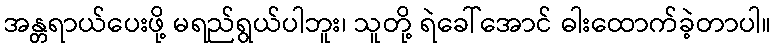
အန္တရာယ်ပေးဖို့ မရည်ရွယ်ပါဘူး၊ သူတို့ ရဲခေါ်အောင် ဓါးထောက်ခဲ့တာပါ။